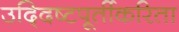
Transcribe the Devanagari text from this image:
उद्‍दिष्टपूर्तीकरिता